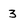
Character: 3